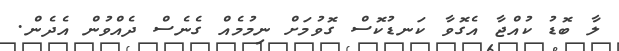
ލާ ބޮޑު ކުއްޖާ އެގޮވާ ކަނޑުކޮސް ގޮވުމަށް ނިމުމެއް ގެނެސް ދެއްވުން އެދެން.